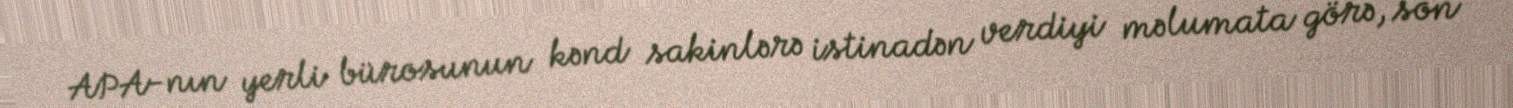
APA-nın yerli bürosunun kənd sakinlərə istinadən verdiyi məlumata görə, son